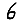
Digit: 6